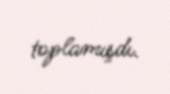
toplamışdı.